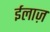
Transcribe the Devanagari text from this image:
ईलाज़